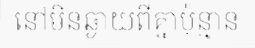
នៅមិនឆ្ងាយពីគ្នាប៉ុន្មាន